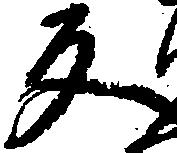
反